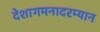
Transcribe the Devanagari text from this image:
देशागमनादरम्यान